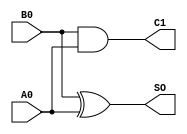
module HADDX1_1 (A0,B0,SO,C1);
output  SO,C1;
input   A0,B0;
xor  #1  (SO,B0,A0);
and  #1  (C1,B0,A0);
endmodule